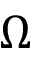
\Omega